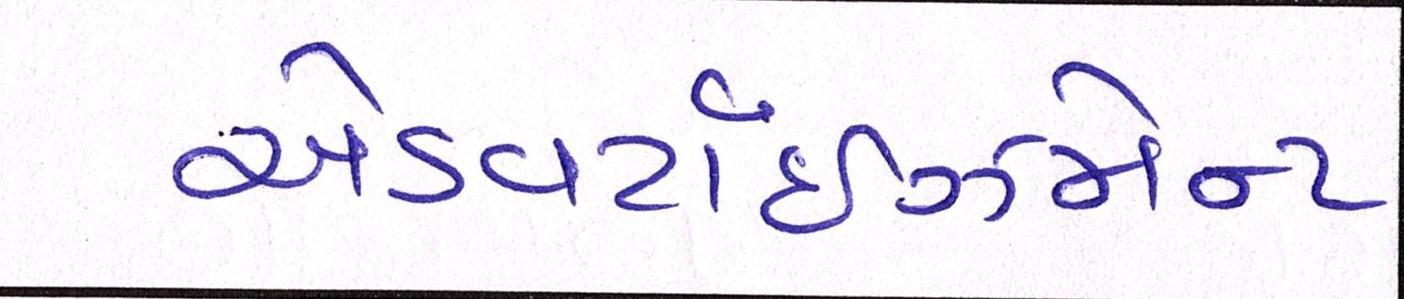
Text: એડવર્ટાઇઝમેન્ટ